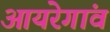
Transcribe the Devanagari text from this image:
आयरेगांव